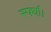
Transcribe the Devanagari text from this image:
स्पर्घा।